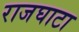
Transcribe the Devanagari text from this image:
राजघाटा